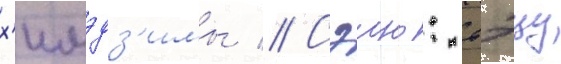
х'имэдз'имы // Сэию: тэцу